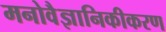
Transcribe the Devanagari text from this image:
मनोवैज्ञानिकीकरण